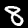
Digit: 8